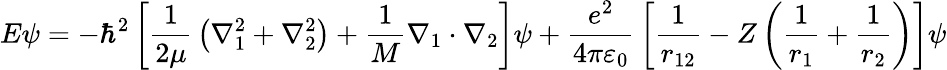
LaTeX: E\psi=-\hbar^{2}\left[{\frac{1}{2\mu}}\left(\nabla_{1}^{2}+\nabla_{2}^{2}\right)+{\frac{1}{M}}\nabla_{1}\cdot\nabla_{2}\right]\psi+{\frac{e^{2}}{4\pi\varepsilon_{0}}}\left[{\frac{1}{r_{12}}}-Z\left({\frac{1}{r_{1}}}+{\frac{1}{r_{2}}}\right)\right]\psi